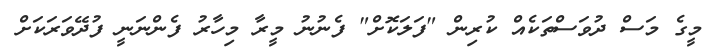
މީގެ މަސް ދުވަސްތަކެއް ކުރިން "ފަލަކޮށް" ފެނުނު މީރާ މިހާރު ފެންނަނީ ފުދޭވަރަކަށް